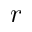
r